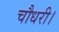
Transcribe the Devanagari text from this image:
चौधरी।